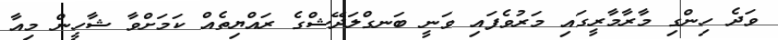
ވަދެ ހިންގި މާރާމާރީގައި މަރުވެފައި ވަނީ ބަނގްލަދޭޝްގެ ރައްޔިތެއް ކަމަށްވާ ޝާހީން މިއާ